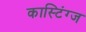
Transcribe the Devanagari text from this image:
कास्टिंग्ज